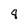
Character: 8